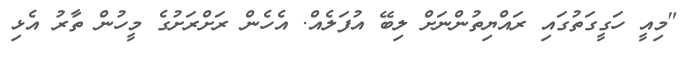
"މިއީ ހަގީގަތުގައި ރައްޔިތުންނަށް ލިބޭ އުފަލެއް. އެހެން ރަށްރަށުގެ މީހުން ތާރު އެޅި